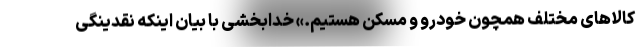
کالاهای مختلف همچون خودرو و مسکن هستیم.» خدابخشی با بیان اینکه نقدینگی